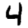
Digit: 4